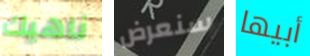
ناهيك سنعرض أبيها